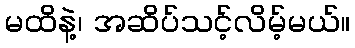
မထိနဲ့၊ အဆိပ်သင့်လိမ့်မယ်။